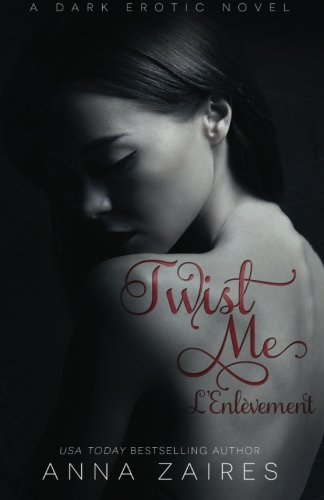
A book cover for Twist Me - L'EnlÃ¨vement (Volume 1) (French Edition); Anna Zaires; Literature & Fiction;